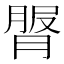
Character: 𦟓